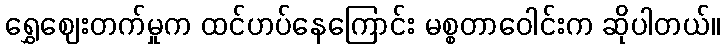
ရွှေဈေးတက်မှုက ထင်ဟပ်နေကြောင်း မစ္စတာဝေါင်းက ဆိုပါတယ်။